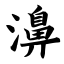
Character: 濞